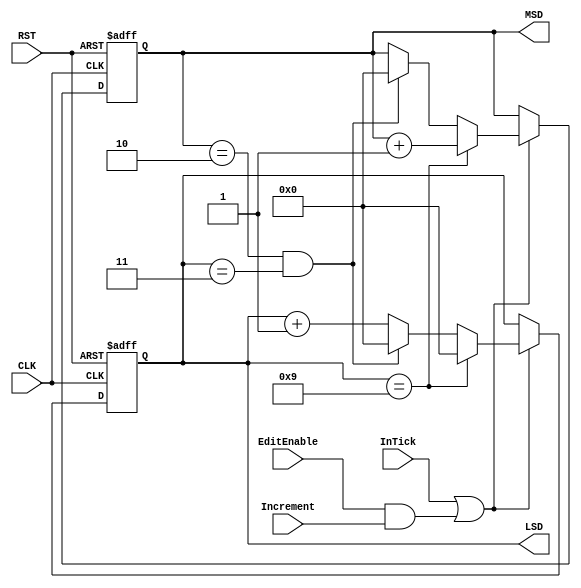
/*	HoursDigits.v - Modified
	Module for behavior of hours counter.
	
	Copyright 2017 Patrick Cland */
`timescale 1ns/1ps
module HoursDigits(CLK, RST, InTick, EditEnable, Increment, MSD, LSD);
	input CLK;
	input RST;
	input InTick;
	input EditEnable;
	input Increment;
	output reg[3:0] MSD;
	output reg[3:0] LSD;
	
	always @ (posedge CLK or posedge RST) begin
		if(RST) begin
			MSD <= 4'b0000;
			LSD <= 4'b0000;
		end else if(InTick || (EditEnable && Increment)) begin
			LSD <= LSD + 1'b1;
			//if 24 hours have passed, reset
			if(MSD == 4'b0010 && LSD == 4'b0011) begin
				MSD <= 4'b0000;
				LSD <= 4'b0000;
			end
			//When LSD reaches 10, set to 0 and increment MSD
			if(LSD == 4'b1001) begin
				LSD <= 4'b0000;
				MSD <= MSD + 1'b1;
			end
		end else begin
		end
	end
endmodule